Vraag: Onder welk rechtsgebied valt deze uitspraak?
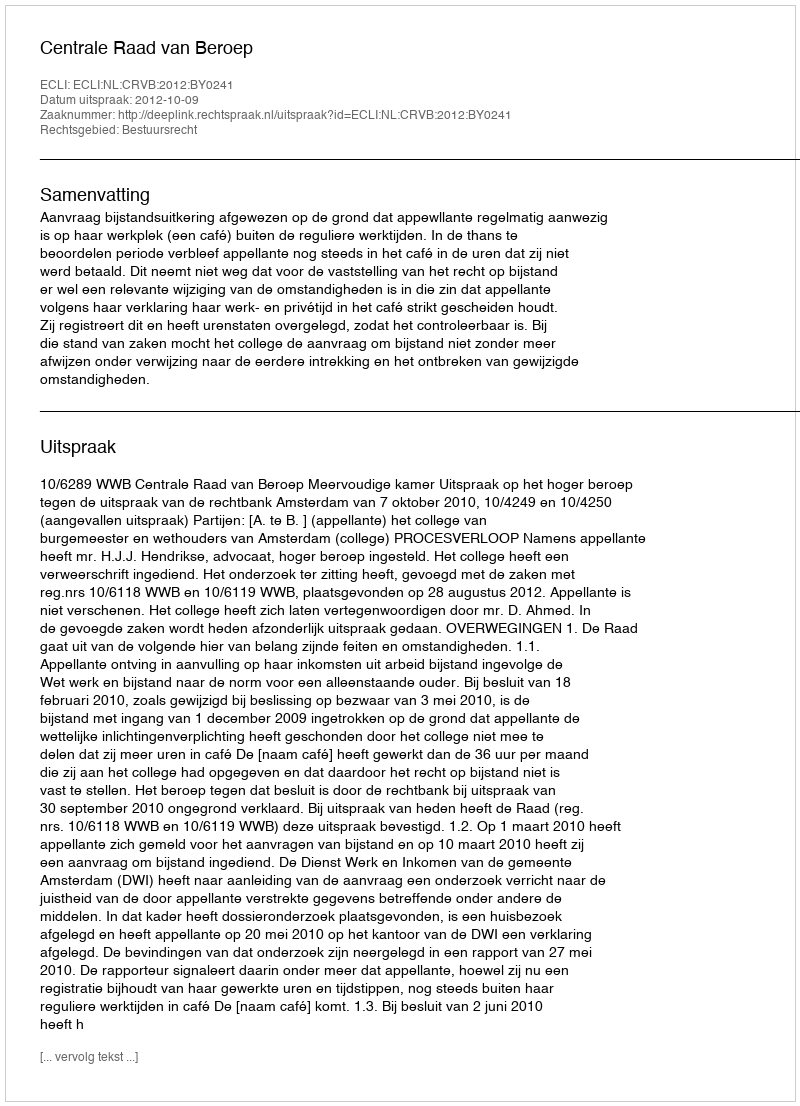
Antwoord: Bestuursrecht